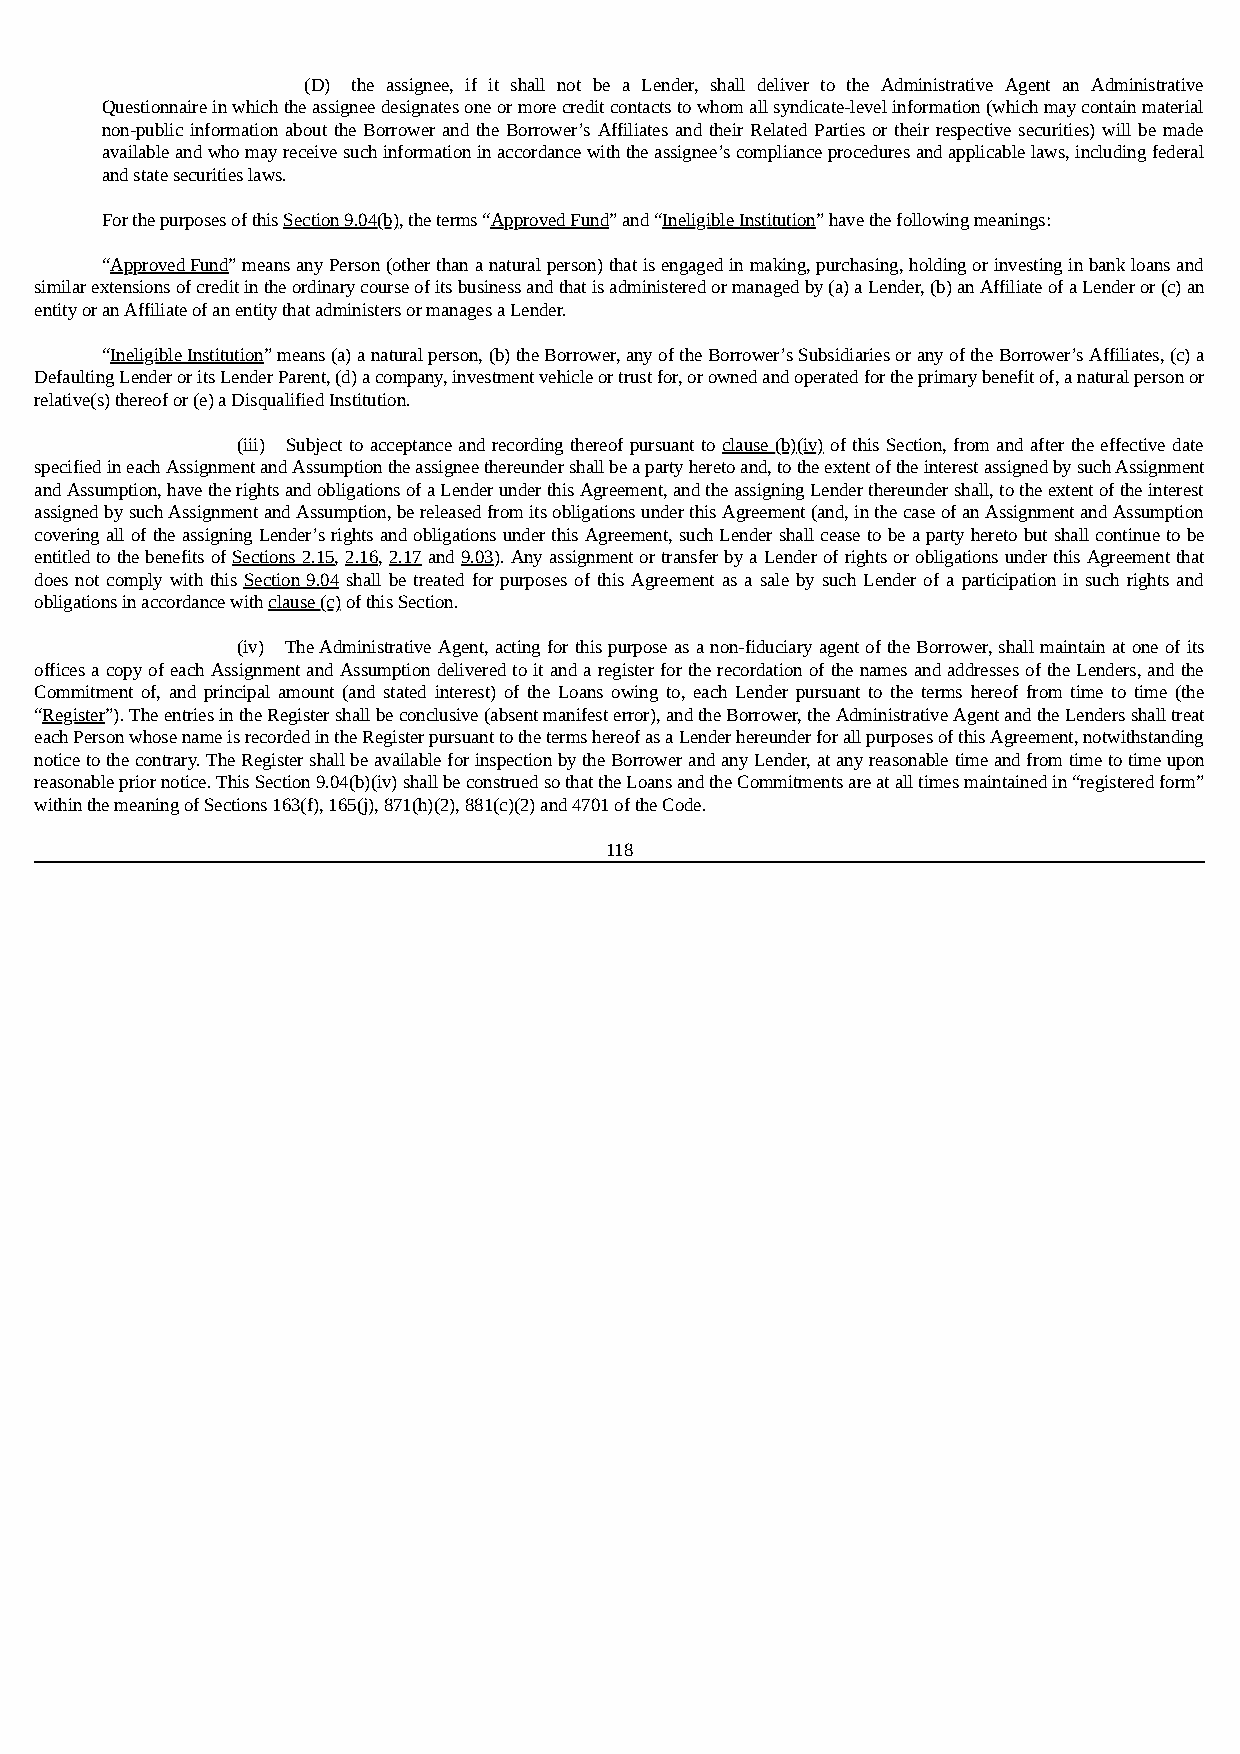
(D) the assignee, if it shall not be a Lender, shall deliver to the Administrative Agent an Administrative
 Questionnaire in which the assignee designates one or more credit contacts to whom all syndicate-level information (which may contain material
 non-public information about the Borrower and the Borrower’s Affiliates and their Related Parties or their respective securities) will be made
 available and who may receive such information in accordance with the assignee’s compliance procedures and applicable laws, including federal
 and state securities laws.
 For the purposes of this Section 9.04(b), the terms “Approved Fund” and “Ineligible Institution” have the following meanings:
 “Approved Fund” means any Person (other than a natural person) that is engaged in making, purchasing, holding or investing in bank loans and
 similar extensions of credit in the ordinary course of its business and that is administered or managed by (a) a Lender, (b) an Affiliate of a Lender or (c) an
 entity or an Affiliate of an entity that administers or manages a Lender.
 “Ineligible Institution” means (a) a natural person, (b) the Borrower, any of the Borrower’s Subsidiaries or any of the Borrower’s Affiliates, (c) a
 Defaulting Lender or its Lender Parent, (d) a company, investment vehicle or trust for, or owned and operated for the primary benefit of, a natural person or
 relative(s) thereof or (e) a Disqualified Institution.
 (iii) Subject to acceptance and recording thereof pursuant to clause (b)(iv) of this Section, from and after the effective date
 specified in each Assignment and Assumption the assignee thereunder shall be a party hereto and, to the extent of the interest assigned by such Assignment
 and Assumption, have the rights and obligations of a Lender under this Agreement, and the assigning Lender thereunder shall, to the extent of the interest
 assigned by such Assignment and Assumption, be released from its obligations under this Agreement (and, in the case of an Assignment and Assumption
 covering all of the assigning Lender’s rights and obligations under this Agreement, such Lender shall cease to be a party hereto but shall continue to be
 entitled to the benefits of Sections 2.15, 2.16, 2.17 and 9.03). Any assignment or transfer by a Lender of rights or obligations under this Agreement that
 does not comply with this Section 9.04 shall be treated for purposes of this Agreement as a sale by such Lender of a participation in such rights and
 obligations in accordance with clause (c) of this Section.
 (iv) The Administrative Agent, acting for this purpose as a non-fiduciary agent of the Borrower, shall maintain at one of its
 offices a copy of each Assignment and Assumption delivered to it and a register for the recordation of the names and addresses of the Lenders, and the
 Commitment of, and principal amount (and stated interest) of the Loans owing to, each Lender pursuant to the terms hereof from time to time (the
 “Register”). The entries in the Register shall be conclusive (absent manifest error), and the Borrower, the Administrative Agent and the Lenders shall treat
 each Person whose name is recorded in the Register pursuant to the terms hereof as a Lender hereunder for all purposes of this Agreement, notwithstanding
 notice to the contrary. The Register shall be available for inspection by the Borrower and any Lender, at any reasonable time and from time to time upon
 reasonable prior notice. This Section 9.04(b)(iv) shall be construed so that the Loans and the Commitments are at all times maintained in “registered form”
 within the meaning of Sections 163(f), 165(j), 871(h)(2), 881(c)(2) and 4701 of the Code.
 118